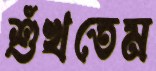
শুঁখতেম